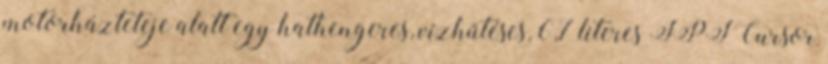
motorházteteje alatt egy hathengeres, vízhűtéses, 6,7 literes FPT Cursor